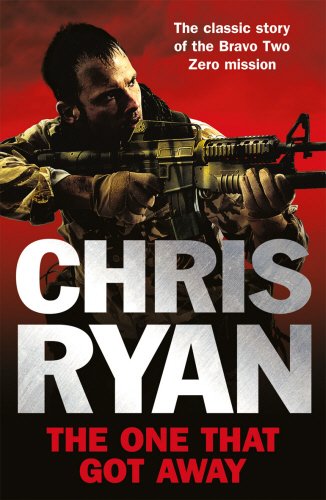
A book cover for The One that Got Away; Chris Ryan; History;